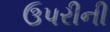
ઉપરીની